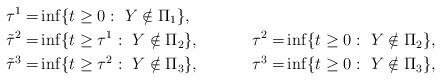
LaTeX: \begin{align*}\tau^1=&\inf\{t\ge 0:\ Y\notin\Pi_{1}\},&\\\tilde \tau^2=&\inf\{t\ge \tau^1 :\ Y\notin \Pi_2\},& \tau^2=&\inf\{t\ge 0:\ Y\notin \Pi_2\},\\\tilde\tau^3=&\inf\{t\ge \tau^2:\ Y\notin \Pi_3\},& \tau^3=&\inf\{t\ge 0:\ Y\notin \Pi_3\},\end{align*}